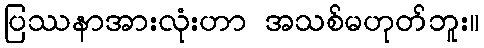
ပြဿနာအားလုံးဟာ အသစ်မဟုတ်ဘူး။